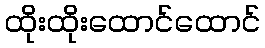
ထိုးထိုးထောင်ထောင်